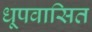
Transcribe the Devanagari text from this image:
धूपवासित